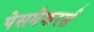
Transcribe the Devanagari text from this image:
पेसमेकरर्स